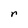
Character: r